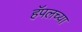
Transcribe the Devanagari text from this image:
हॅपलच्या